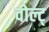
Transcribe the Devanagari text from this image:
वोल्ट्